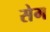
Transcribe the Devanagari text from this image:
सेग